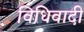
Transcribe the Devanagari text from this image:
विधिवादी